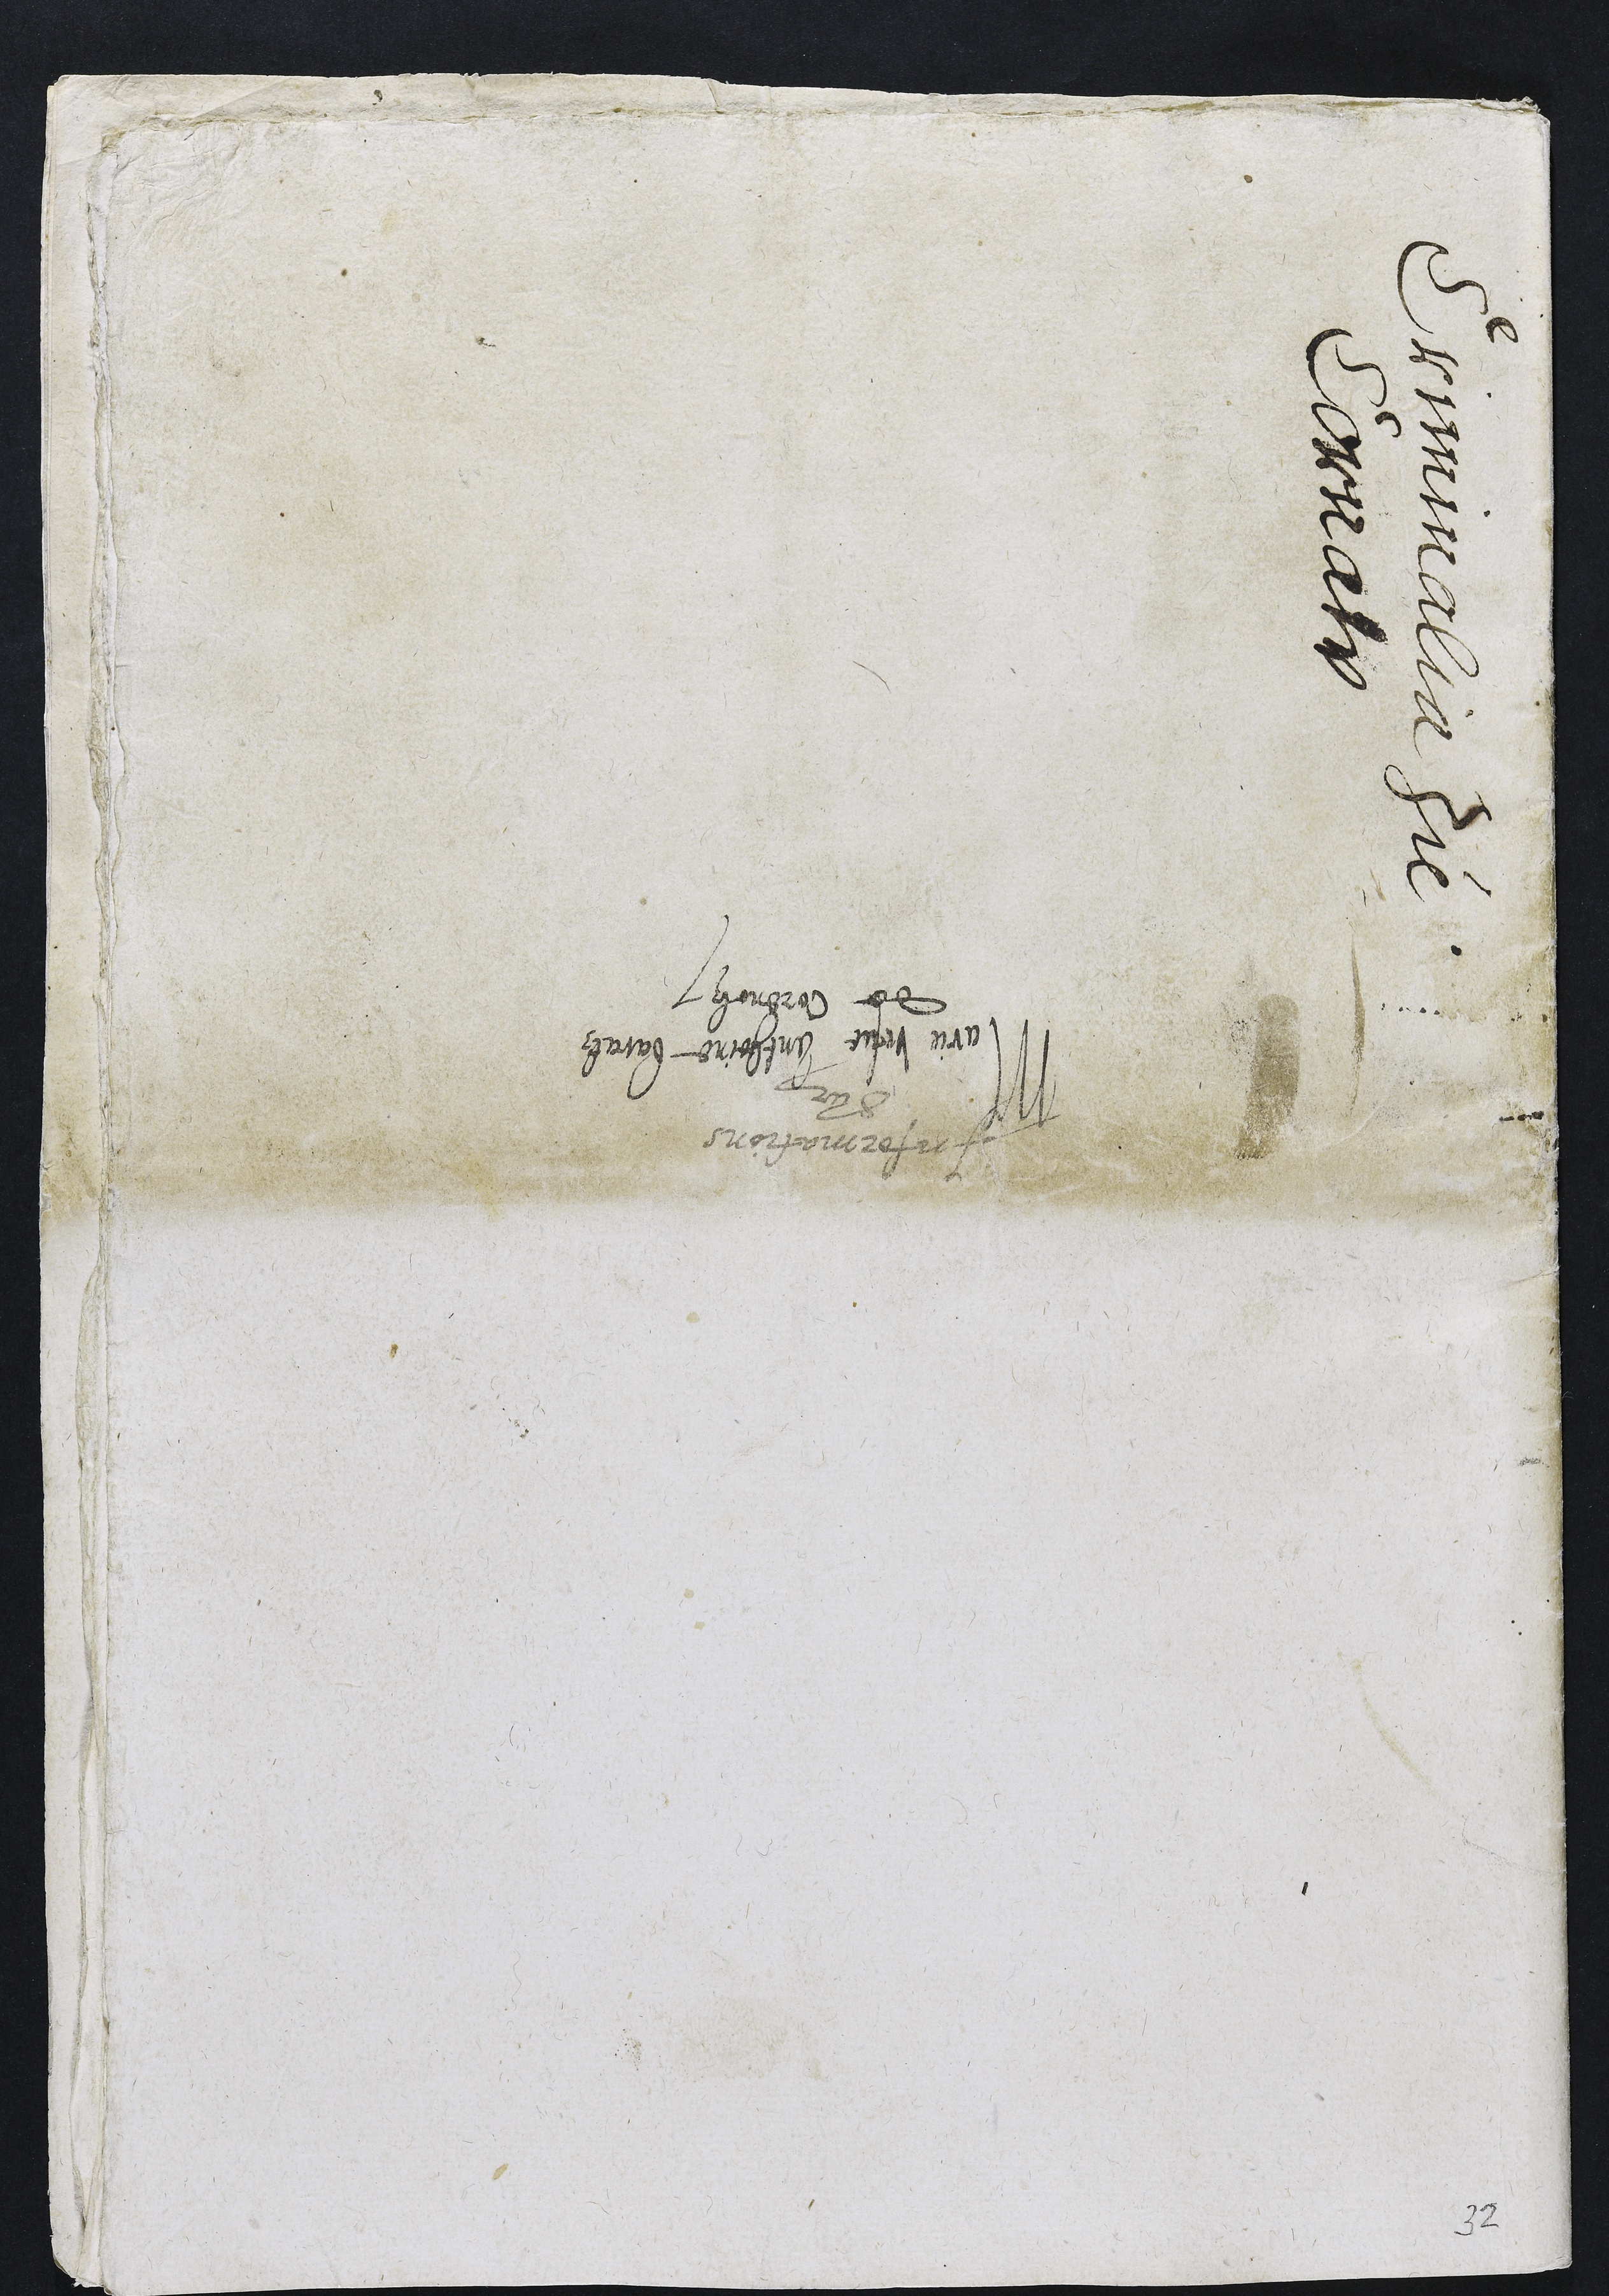
Criminalia zu
Cornalx

Informations
Sur
Marie vefve Anthoine baratz
de Corenolz